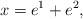
LaTeX: \begin{align*}x = e^1 + e^2 ,\end{align*}